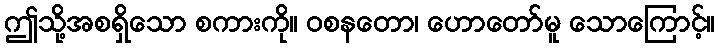
ဤသို့အစရှိသော စကားကို။ ဝစနတော၊ ဟောတော်မူ သောကြောင့်။